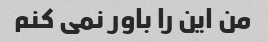
من این را باور نمی کنم